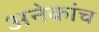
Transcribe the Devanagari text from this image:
अनेकांच